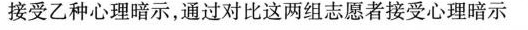
接受乙种心理暗示，通过对比这两组志愿者接受心理暗示